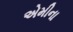
એમીના